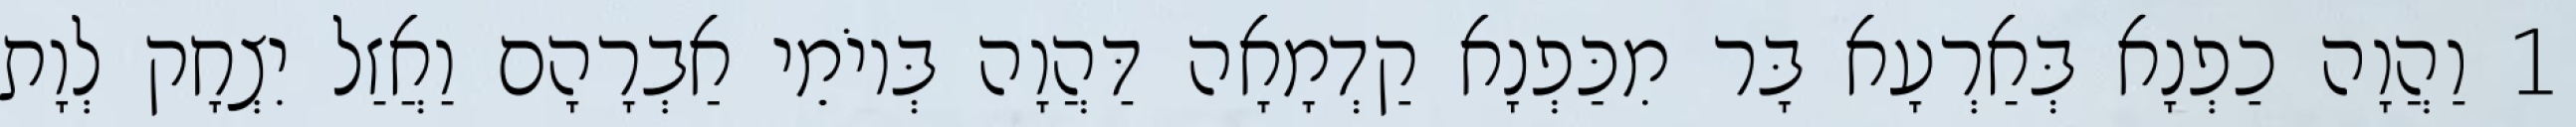
1 וַהֲוָה כַפְנָא בְּאַרְעָא בָּר מִכַּפְנָא קַדְמָאָה דַּהֲוָה בְּיוֹמֵי אַבְרָהָם וַאֲזַל יִצְחָק לְוָת